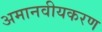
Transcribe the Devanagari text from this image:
अमानवीयकरण